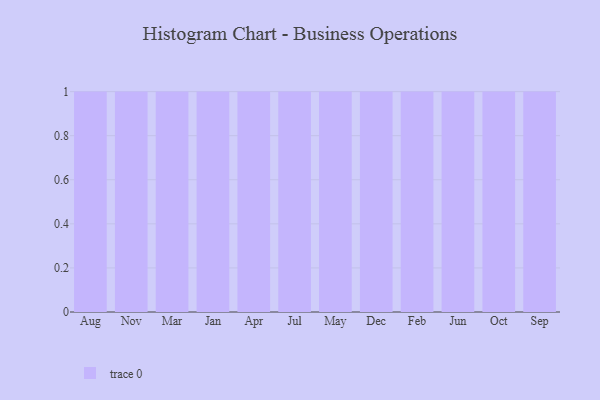
{"axis": {"x": "Month", "y": "Gross Profit (USD K)"}, "legend": [""], "data": [{"x": "Aug", "y": 18, "type": ""}, {"x": "Nov", "y": 77, "type": ""}, {"x": "Mar", "y": 42, "type": ""}, {"x": "Jan", "y": 96, "type": ""}, {"x": "Apr", "y": 74, "type": ""}, {"x": "Jul", "y": 19, "type": ""}, {"x": "May", "y": 70, "type": ""}, {"x": "Dec", "y": 57, "type": ""}, {"x": "Feb", "y": 91, "type": ""}, {"x": "Jun", "y": 35, "type": ""}, {"x": "Oct", "y": 100, "type": ""}, {"x": "Sep", "y": 27, "type": ""}]}